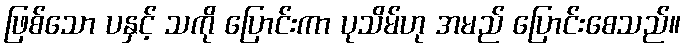
ဖြစ်သော ပနှင့် သကို ပြောင်းကာ ပုသိမ်ဟု အမည် ပြောင်းစေသည်။